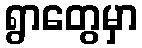
ရွာတွေမှာ